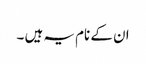
ان کے نام یہ ہیں ۔